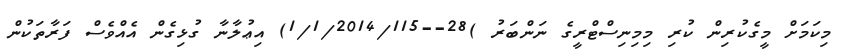
މިކަމަށް މީގެކުރިން ކުރި މިމިނިސްޓްރީގެ ނަންބަރު )28--1/1/2014/115) އިޢުލާނާ ގުޅިގެން އެއްވެސް ފަރާތަކުން